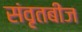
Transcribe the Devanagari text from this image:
संवृतबीज